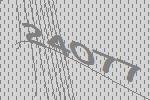
24077